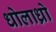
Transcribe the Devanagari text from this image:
धोलाध्रो